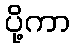
ပို့ကာ